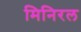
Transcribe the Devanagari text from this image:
मिनिरल